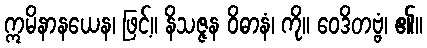
ဣမိနာနယေန၊ ဖြင့်။ နိသဇ္ဇန ဝိဓာနံ၊ ကို။ ဝေဒိတဗ္ဗံ၊ ၏။